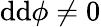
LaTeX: \mathrm{d}\mathrm{d}\phi\neq 0